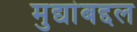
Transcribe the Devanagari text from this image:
मुद्यांबद्दल